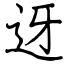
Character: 迓